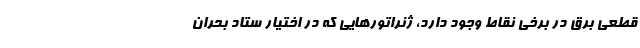
قطعی برق در برخی نقاط وجود دارد، ژنراتورهایی که در اختیار ستاد بحران